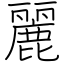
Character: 麗